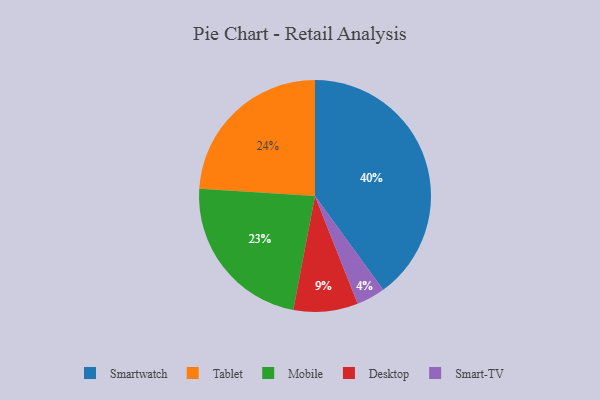
{"axis": {"x": "Category", "y": "Percentage"}, "legend": ["Desktop", "Mobile", "Smart-TV", "Smartwatch", "Tablet"], "data": [{"x": "Smart-TV", "y": 4, "type": "Smart-TV"}, {"x": "Tablet", "y": 24, "type": "Tablet"}, {"x": "Smartwatch", "y": 40, "type": "Smartwatch"}, {"x": "Desktop", "y": 9, "type": "Desktop"}, {"x": "Mobile", "y": 23, "type": "Mobile"}]}